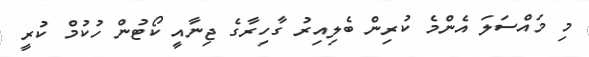
މި މައްސަލަ އެންމެ ކުރިން ބެލިއިރު ގާހިރާގެ ޖިނާއީ ކޯޓުން ހުކުމް ކުރީ